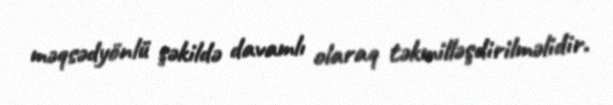
məqsədyönlü şəkildə davamlı olaraq təkmilləşdirilməlidir.